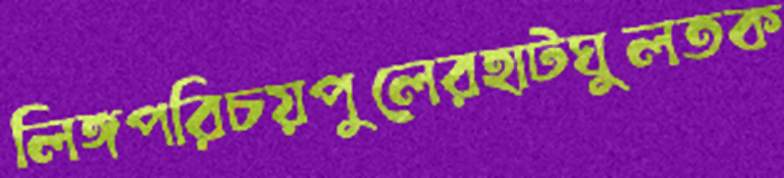
লিঙ্গপরিচয়পুলেরহাটঘুলতক